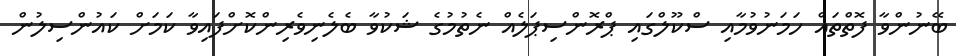
ބޭނުންވާ ފޮތްތައް ހަމަނުވުމާއި ސްކޫލްގައި ޕްރޮންސިޕަލެއް ނެތުމުގެ ޝަކުވާ ބެލެނިވެރިންކޮށްފައިވާ ކަމަށް ކައުންސިލުން